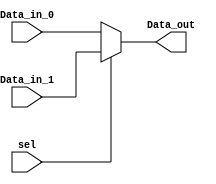

module mux2to1( Data_in_0, Data_in_1, sel, Data_out );

    //what are the input ports.
    input Data_in_0;
    input Data_in_1;
    input sel;
    //What are the output ports.
    output Data_out;
    //Internal variables - usually the output.
    reg Data_out;

    //Always block - the statements inside this block are executed when the given sensitivity list 
    //is satisfied. for example in this case the block is executed when any changes occur in the three
// signals 'Data_in_0','Data_in_1' or 'sel'.
    always @(Data_in_0,Data_in_1,sel)
    begin
        if(sel == 0) 
            Data_out = Data_in_0;  //when select signal to the mux is low
        else
            Data_out = Data_in_1;  //when select signal to the mux is high
    end
    
endmodule